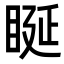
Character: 䀽